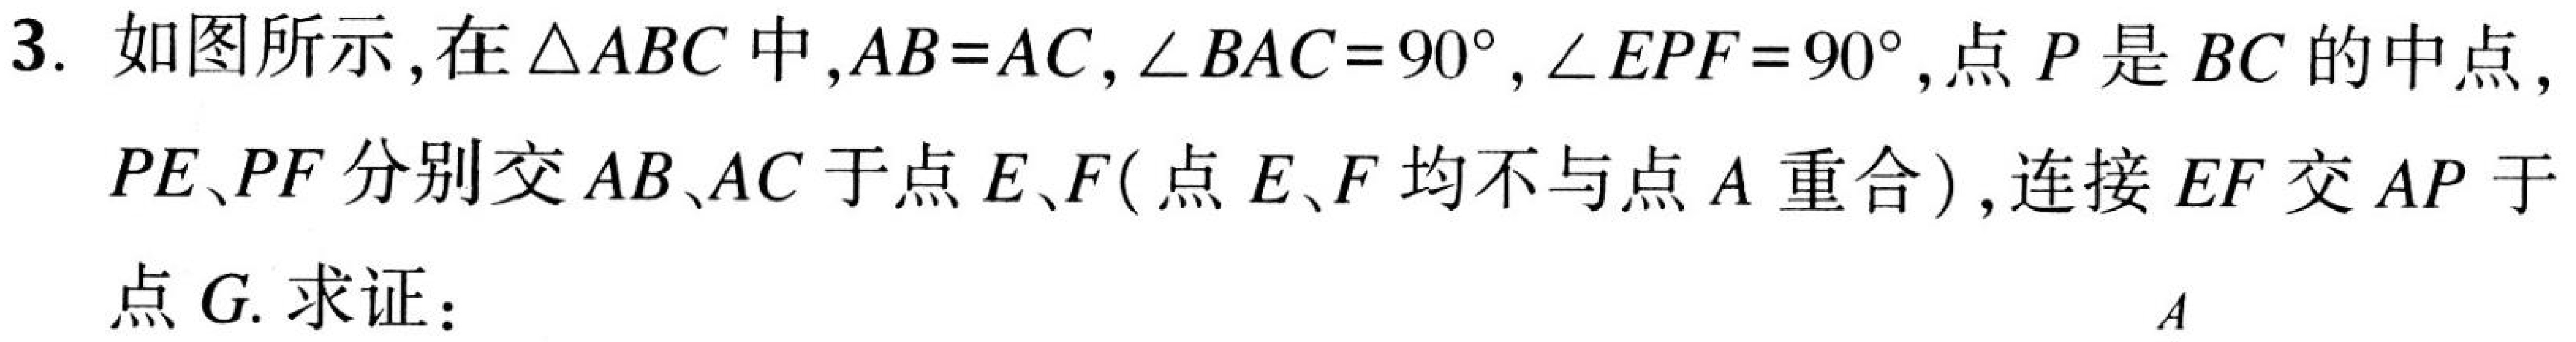
3. 如图所示,在\(\triangle ABC\)中,\(AB = AC\),\(\angle BAC = 90^{\circ}\),\(\angle EPF = 90^{\circ}\),点\(P\)是\(BC\)的中点,\(PE、PF\)分别交\(AB、AC\)于点\(E、F(\)点\(E、F\)均不与点\(A\)重合\()\),连接\(EF\)交\(AP\)于点\(G.\) 求证：